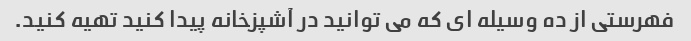
فهرستی از ده وسیله ای که می توانید در آشپزخانه پیدا کنید تهیه کنید.